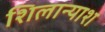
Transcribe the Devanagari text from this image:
शिलान्याश